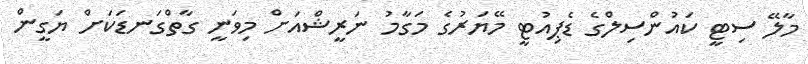
މާލޭ ސިޓީ ކައުންސިލްގެ ޑެޕިއުޓީ މޭޔަރުގެ މަގާމު ނަރީޝްއަށް މިވަނީ ގާތްގަނޑަކަށް ޔަގީން